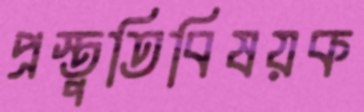
প্রস্তুতিবিষয়ক